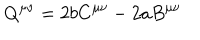
Q ^ { \mu \nu } = 2 b C ^ { \mu \nu } - 2 a B ^ { \mu \nu }